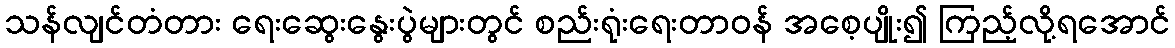
သန်လျင်တံတား ရေးဆွေးနွေးပွဲများတွင် စည်းရုံးရေးတာဝန် အစေ့ပျိုး၍ ကြည့်လို့ရအောင်